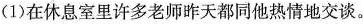
(1)在休息室里许多老师昨天都同他热情地交谈。